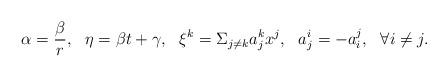
LaTeX: \begin{align*} \alpha=\frac{\beta}{r},\ \ \eta=\beta t+\gamma, \ \ \xi^k=\Sigma_{j\not=k}a^k_jx^j, \ \ a^i_j=-a^j_i, \ \ \forall i\not=j. \end{align*}